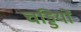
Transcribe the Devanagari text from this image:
चड्डियों